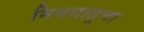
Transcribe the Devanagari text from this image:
मिश्रधातूचा